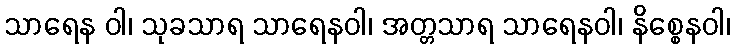
သာရေန ဝါ၊ သုခသာရ သာရေနဝါ၊ အတ္တသာရ သာရေနဝါ၊ နိစ္စေနဝါ၊